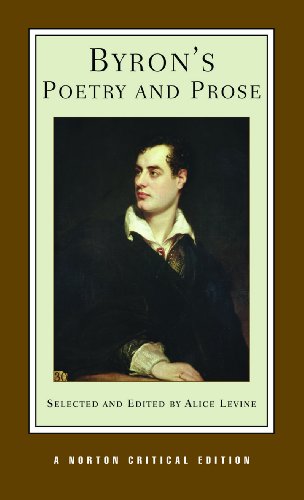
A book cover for Byron's Poetry and Prose (Norton Critical Edition); George Gordon Byron; Literature & Fiction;